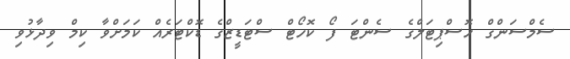
ސެމްސަންގް ހޮސްޕިޓަލްގެ ސެންޓަ ފޯ ކޮހޯޓް ސްޓަޑީޒްގެ ޑޮކްޓަރެއް ކަމަށްވާ ކިމް ވިދާޅުވި